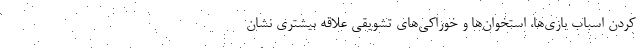
کردن اسباب بازی‌ها، استخوان‌ها و خوراکی‌های تشویقی علاقه بیشتری نشان